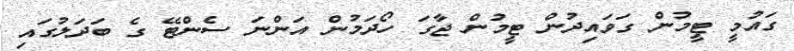
ގައުމީ ޓީމުން ގަވައިދުން ޓީމުން ޖާގަ ހޯދަމުން އަންނަ ސެންޓޭ ގެ ބަދަލުގައި